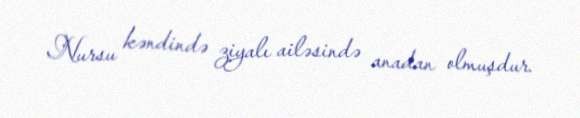
Nursu kəndində ziyalı ailəsində anadan olmuşdur.